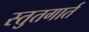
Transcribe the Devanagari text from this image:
स्तुतगार्त